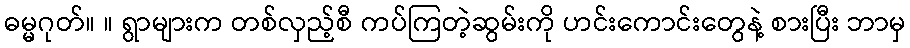
ဓမ္မဂုတ်။ ။ ရွာများက တစ်လှည့်စီ ကပ်ကြတဲ့ဆွမ်းကို ဟင်းကောင်းတွေနဲ့ စားပြီး ဘာမှ